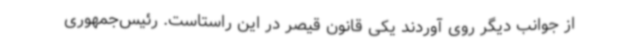
از جوانب دیگر روی آوردند یکی قانون قیصر در این راستاست. رئیس‌جمهوری